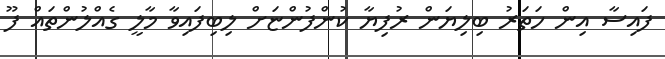
ފައިސާ އިން ހަތަރު ބިލިޔަން ރުފިޔާ ކުންފުންޏަށް ލިބިފައިވާ މާލީ ގެއްލުންތައް ފޫ